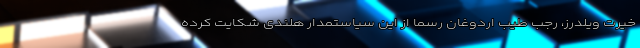
خیرت ویلدرز، رجب طیب اردوغان رسما از این سیاستمدار هلندی شکایت کرده